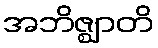
အဘိဇ္ဈာတိ